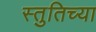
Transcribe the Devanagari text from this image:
स्तुतिच्या